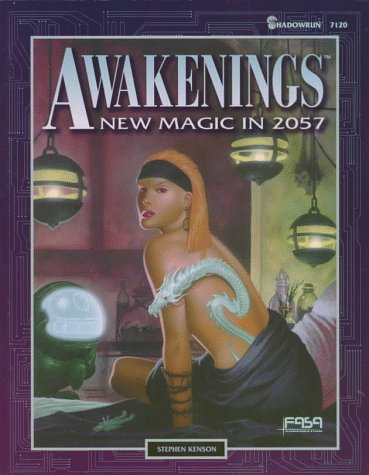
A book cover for Awakenings: New Magic in 2057 (Shadowrun RPG); Steve Kenson; Science Fiction & Fantasy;